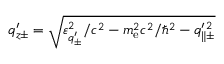
q _ { z \pm } ^ { \prime } = \sqrt { \varepsilon _ { q _ { \pm } ^ { \prime } } ^ { 2 } / c ^ { 2 } - m _ { \mathrm { e } } ^ { 2 } c ^ { 2 } / \hbar ^ { 2 } - q _ { \parallel \pm } ^ { \prime \, 2 } }